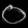
Digit: ၀